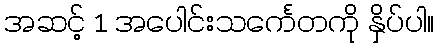
အဆင့် 1 အပေါင်းသင်္ကေတကို နှိပ်ပါ။